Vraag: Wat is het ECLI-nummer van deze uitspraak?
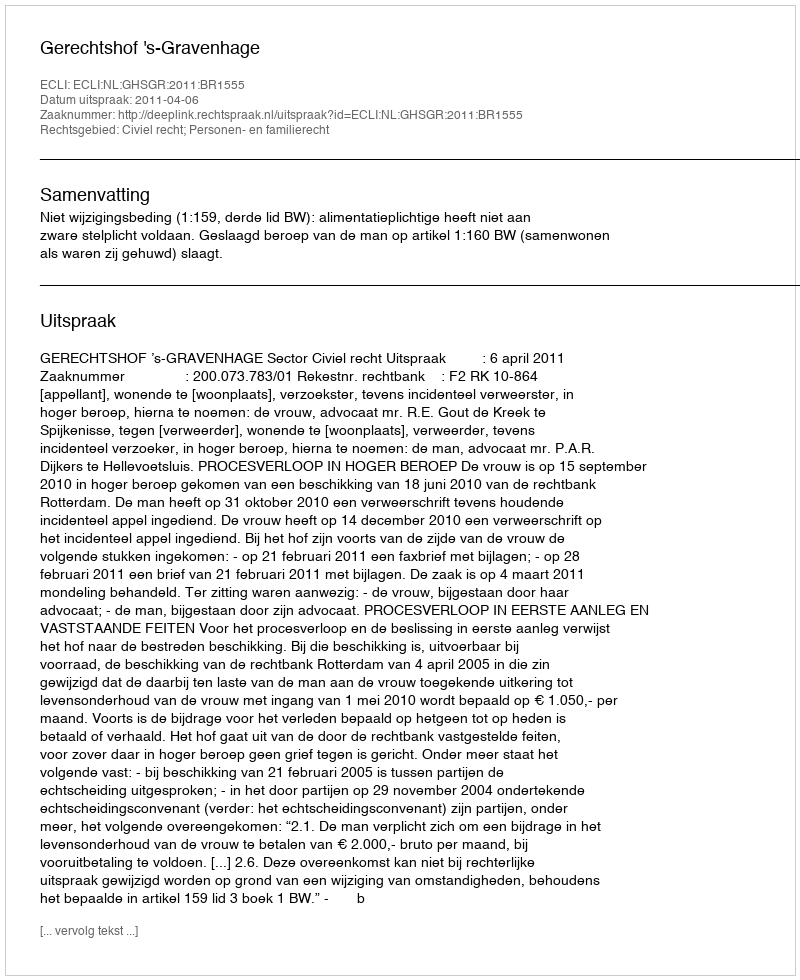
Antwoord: ECLI:NL:GHSGR:2011:BR1555